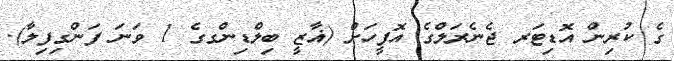
ގެ ކުރިން އޮޑިޓަރ ޖެނެރަލްގެ އޮފީހަށް (ޣާޒީ ބިލްޑިންގގެ 1 ވަނަ ފަންގިފިލާ).